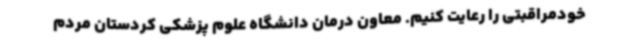
خودمراقبتی را رعایت کنیم. معاون درمان دانشگاه علوم پزشکی کردستان مردم